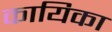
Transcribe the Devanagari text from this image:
कायिका